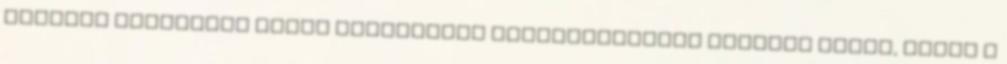
hasonló szervezet olyan döntésének meghozatalában vesznek részt, amely a